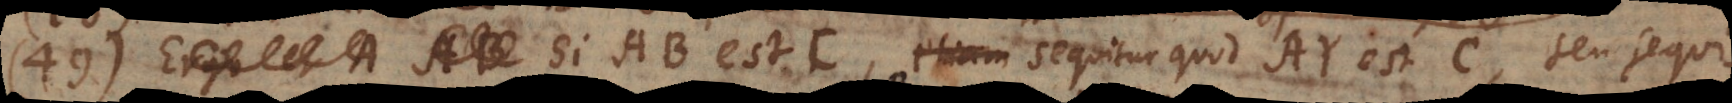
49) Si AB est C, sequitur quod AY est C, seu sequi